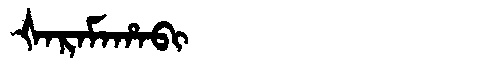
Manchu: ᡧᠠᡵᠠᠮᠠᡥᠠᠪᡳ
Romanization: ŠARAMAHABI